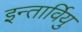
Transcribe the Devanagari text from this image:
इन्तार्वियु